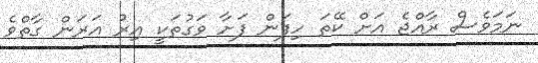
ނަމަވެސް ރާއްޖެ އަށް ކޭތަ ހިފަން ފަށާ ވަގުތަކީ އިރު އަރަން ގާތްވެ